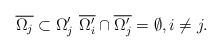
LaTeX: \begin{align*} \overline{\Omega_j} \subset \Omega'_j \, \, \overline{\Omega'_i} \cap \overline{\Omega'_j} = \emptyset, i \ne j.\end{align*}